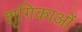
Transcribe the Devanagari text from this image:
शृगिकाओं